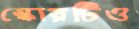
স্কোরটিও